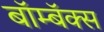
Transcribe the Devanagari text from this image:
बॉम्बॅक्स